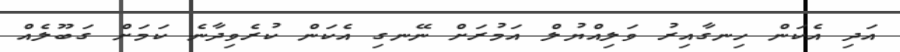
އަދި އެކަން ހިނގާއިރު ވަލިއްޔުލް އަމުރަށް ނޭނގި އެކަން ކުރެވިދާނެ ކަމަށް ގަބޫލެއް